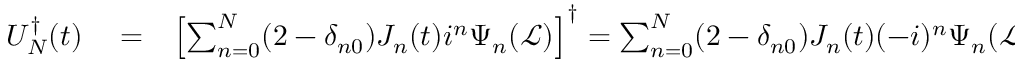
\begin{array} { r l r } { U _ { N } ^ { \dagger } ( t ) } & { { } = } & { \left[ \sum _ { n = 0 } ^ { N } ( 2 - \delta _ { n 0 } ) J _ { n } ( t ) i ^ { n } \Psi _ { n } ( \mathcal { L } ) \right] ^ { \dagger } = \sum _ { n = 0 } ^ { N } ( 2 - \delta _ { n 0 } ) J _ { n } ( t ) ( - i ) ^ { n } \Psi _ { n } ( \mathcal { L } ) } \end{array}